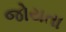
જોયતા